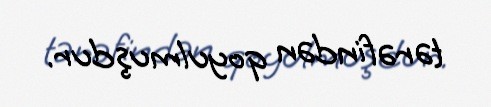
tərəfindən qoyulmuşdur.